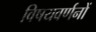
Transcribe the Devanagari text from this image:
विषयवर्णनों